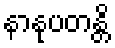
နာနုပတန္တိ